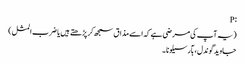
:P
(یہ آپ کی مرضی ہے کہ اسے مذاق سمجھ کر پڑھتے ہیں یا ضرب المثل)
جاوید گوندل ، بآرسیلونا ۔